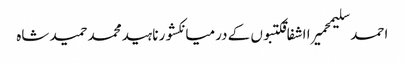
احمد سلیمحمیرا اشفاقکتبوں کے درمیانکشور ناہیدمحمد حمید شاہ